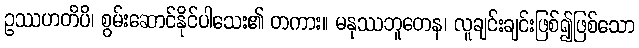
ဥဿဟတိပိ၊ စွမ်းဆောင်နိုင်ပါသေး၏ တကား။ မနုဿဘူတေန၊ လူချင်းချင်းဖြစ်၍ဖြစ်သော